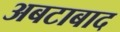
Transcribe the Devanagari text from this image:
अबटाबाद